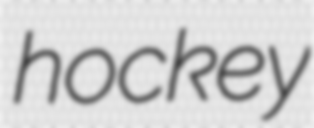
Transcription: hockey